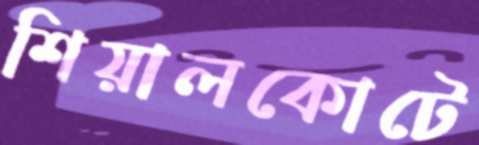
শিয়ালকোটে